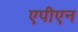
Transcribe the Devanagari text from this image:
एपीएन